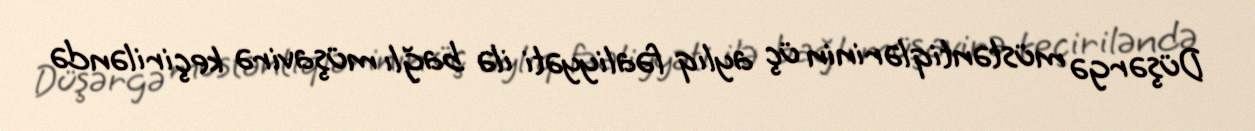
Düşərgə müstəntiqlərinin üç aylıq fəaliyyəti ilə bağlı müşavirə keçiriləndə